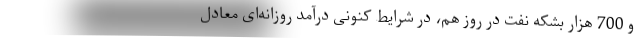
و 700 هزار بشكه نفت در روز هم، در شرایط كنونی درآمد روزانه‌ای معادل